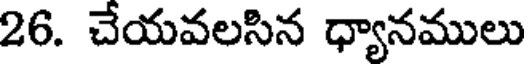
26. చేయవలసిన ధ్యానములు